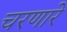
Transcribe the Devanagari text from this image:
चरणारे